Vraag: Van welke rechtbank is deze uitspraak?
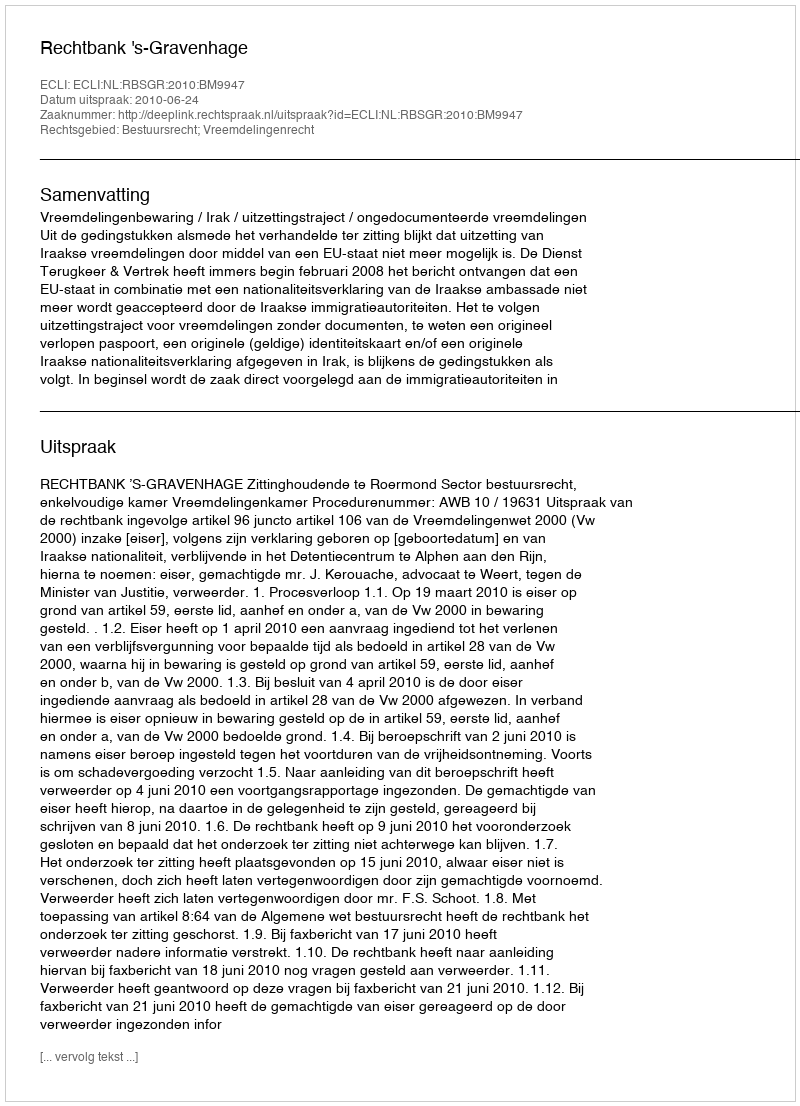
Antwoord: Rechtbank 's-Gravenhage